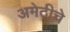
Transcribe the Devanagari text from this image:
अमेठीचे